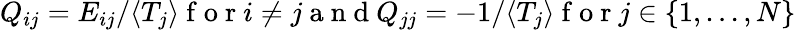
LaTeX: \begin{array}{r}{Q_{ij}=E_{ij}/\langle T_{j}\rangle\mathrm{~f~o~r~}i\neq j\mathrm{~a~n~d~}Q_{jj}=-1/\langle T_{j}\rangle\mathrm{~f~o~r~}j\in\{ 1,...,N\} }\end{array}